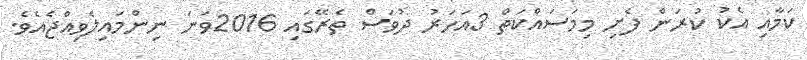
ކަމާއި އެކު ކުރަން ފެށި މިމަސައްކަތް 3އަހަރު ދުވަސް ތެރޭގައި 2016ވަނަ ނިންމައިލެވިއްޖެއެވެ.